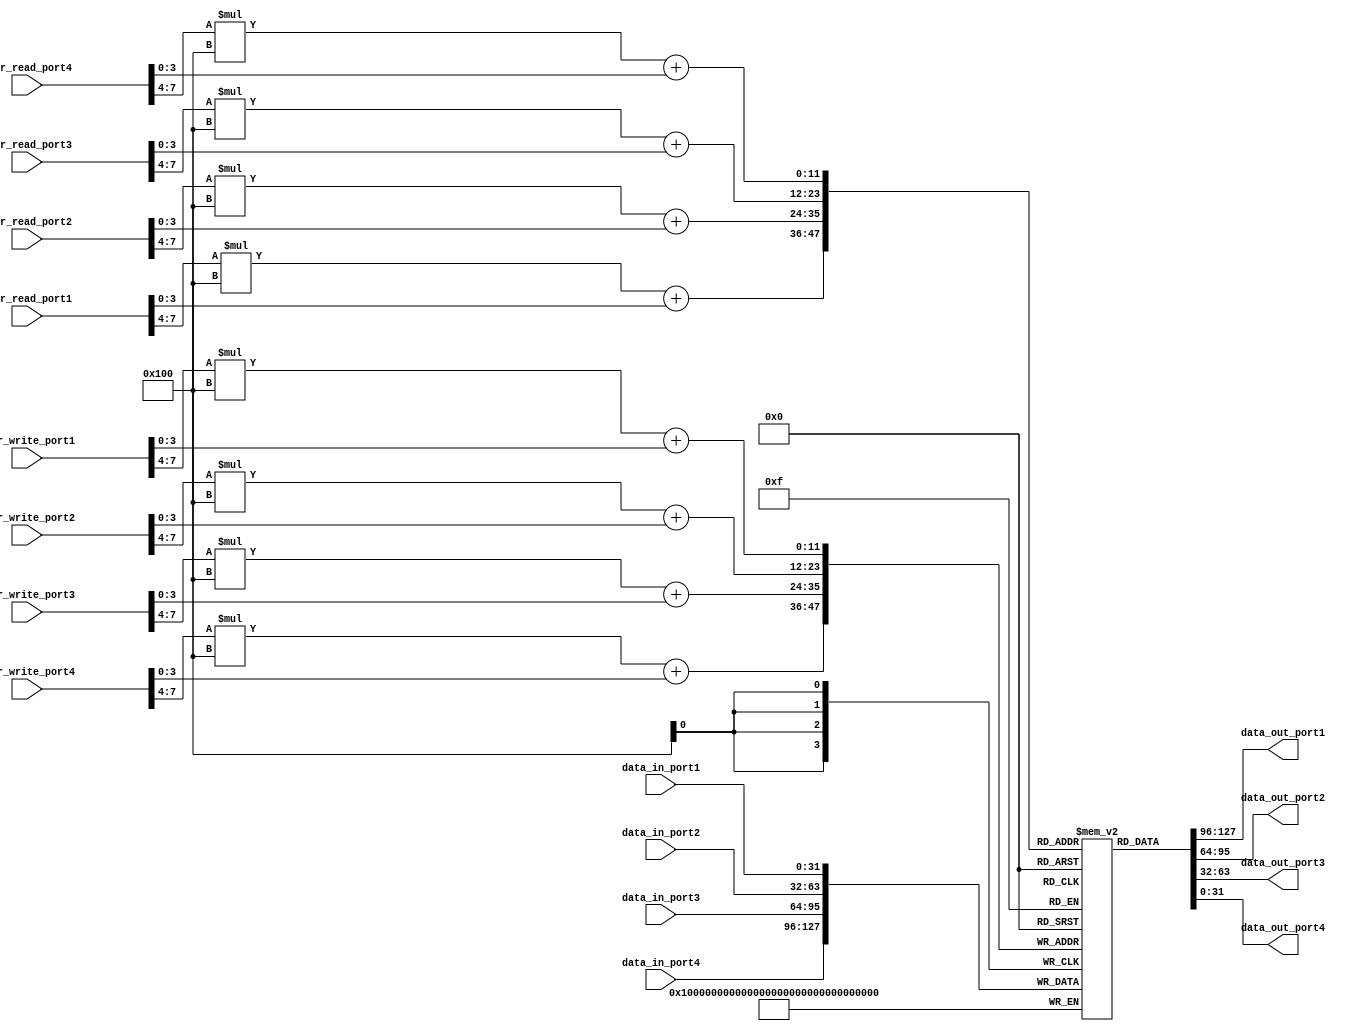
module QuadPortRegisterFile (
  input wire [31:0] addr_read_port1,
  input wire [31:0] addr_write_port1,
  input wire [31:0] data_in_port1,
  output reg [31:0] data_out_port1,

  input wire [31:0] addr_read_port2,
  input wire [31:0] addr_write_port2,
  input wire [31:0] data_in_port2,
  output reg [31:0] data_out_port2,

  input wire [31:0] addr_read_port3,
  input wire [31:0] addr_write_port3,
  input wire [31:0] data_in_port3,
  output reg [31:0] data_out_port3,

  input wire [31:0] addr_read_port4,
  input wire [31:0] addr_write_port4,
  input wire [31:0] data_in_port4,
  output reg [31:0] data_out_port4
);

reg [31:0] memory_block[0:15][0:255]; // 16 memory blocks, each with 256 registers

always @(*)
begin
  data_out_port1 <= memory_block[addr_read_port1[7:4]][addr_read_port1[3:0]];
  data_out_port2 <= memory_block[addr_read_port2[7:4]][addr_read_port2[3:0]];
  data_out_port3 <= memory_block[addr_read_port3[7:4]][addr_read_port3[3:0]];
  data_out_port4 <= memory_block[addr_read_port4[7:4]][addr_read_port4[3:0]];
end

always @(posedge clk)
begin
  memory_block[addr_write_port1[7:4]][addr_write_port1[3:0]] <= data_in_port1;
  memory_block[addr_write_port2[7:4]][addr_write_port2[3:0]] <= data_in_port2;
  memory_block[addr_write_port3[7:4]][addr_write_port3[3:0]] <= data_in_port3;
  memory_block[addr_write_port4[7:4]][addr_write_port4[3:0]] <= data_in_port4;
end

endmodule